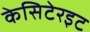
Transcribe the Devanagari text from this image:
केसिटेरइट